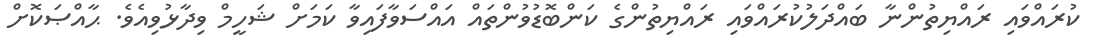
ކުރައްވައި ރައްޔިތުންނާ ބައްދަލުކުރައްވައި ރައްޔިތުންގެ ކަންބޮޑުވުންތައް އައްސަވާފައިވާ ކަމަށް ޝަހީމް ވިދާޅުވިއެވެ. ޙާއްޞަކޮށް